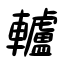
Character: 轤